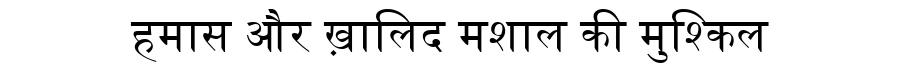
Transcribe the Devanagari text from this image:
हमास और ख़ालिद मशाल की मुश्किल